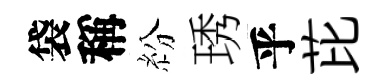
袋稱紛琇乎芘